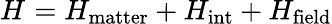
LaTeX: H_{}=H_{\mathrm{matter}}+H_{\mathrm{int}}+H_{\mathrm{field}}